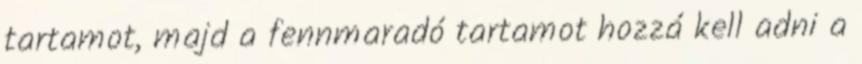
tartamot, majd a fennmaradó tartamot hozzá kell adni a